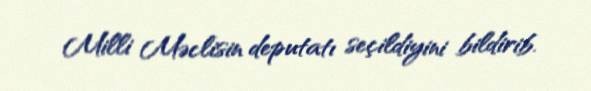
Milli Məclisin deputatı seçildiyini bildirib.